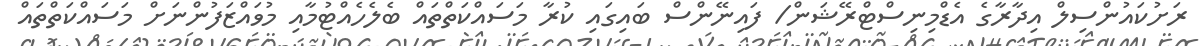
ރަށުކައުންސިލް އިދާރާގެ އެޑްމިނިސްޓްރޭޝަން/ ފައިނޭންސް ބައިގައި ކުރާ މަސައްކަތްތައް ބެލެހެއްޓުމާއި މުވައްޒަފުންނަށް މަސައްކަތްތައް